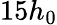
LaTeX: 15h_{0}